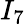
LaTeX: I_{7}